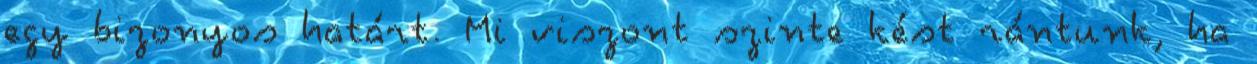
egy bizonyos határt. Mi viszont szinte kést rántunk, ha